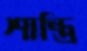
শান্ত্রি